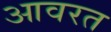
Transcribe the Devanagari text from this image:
आवरत